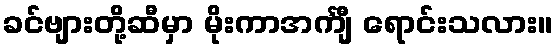
ခင်ဗျားတို့ဆီမှာ မိုးကာအင်္ကျီ ရောင်းသလား။